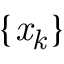
\it { \{ { x _ { k } \} } }